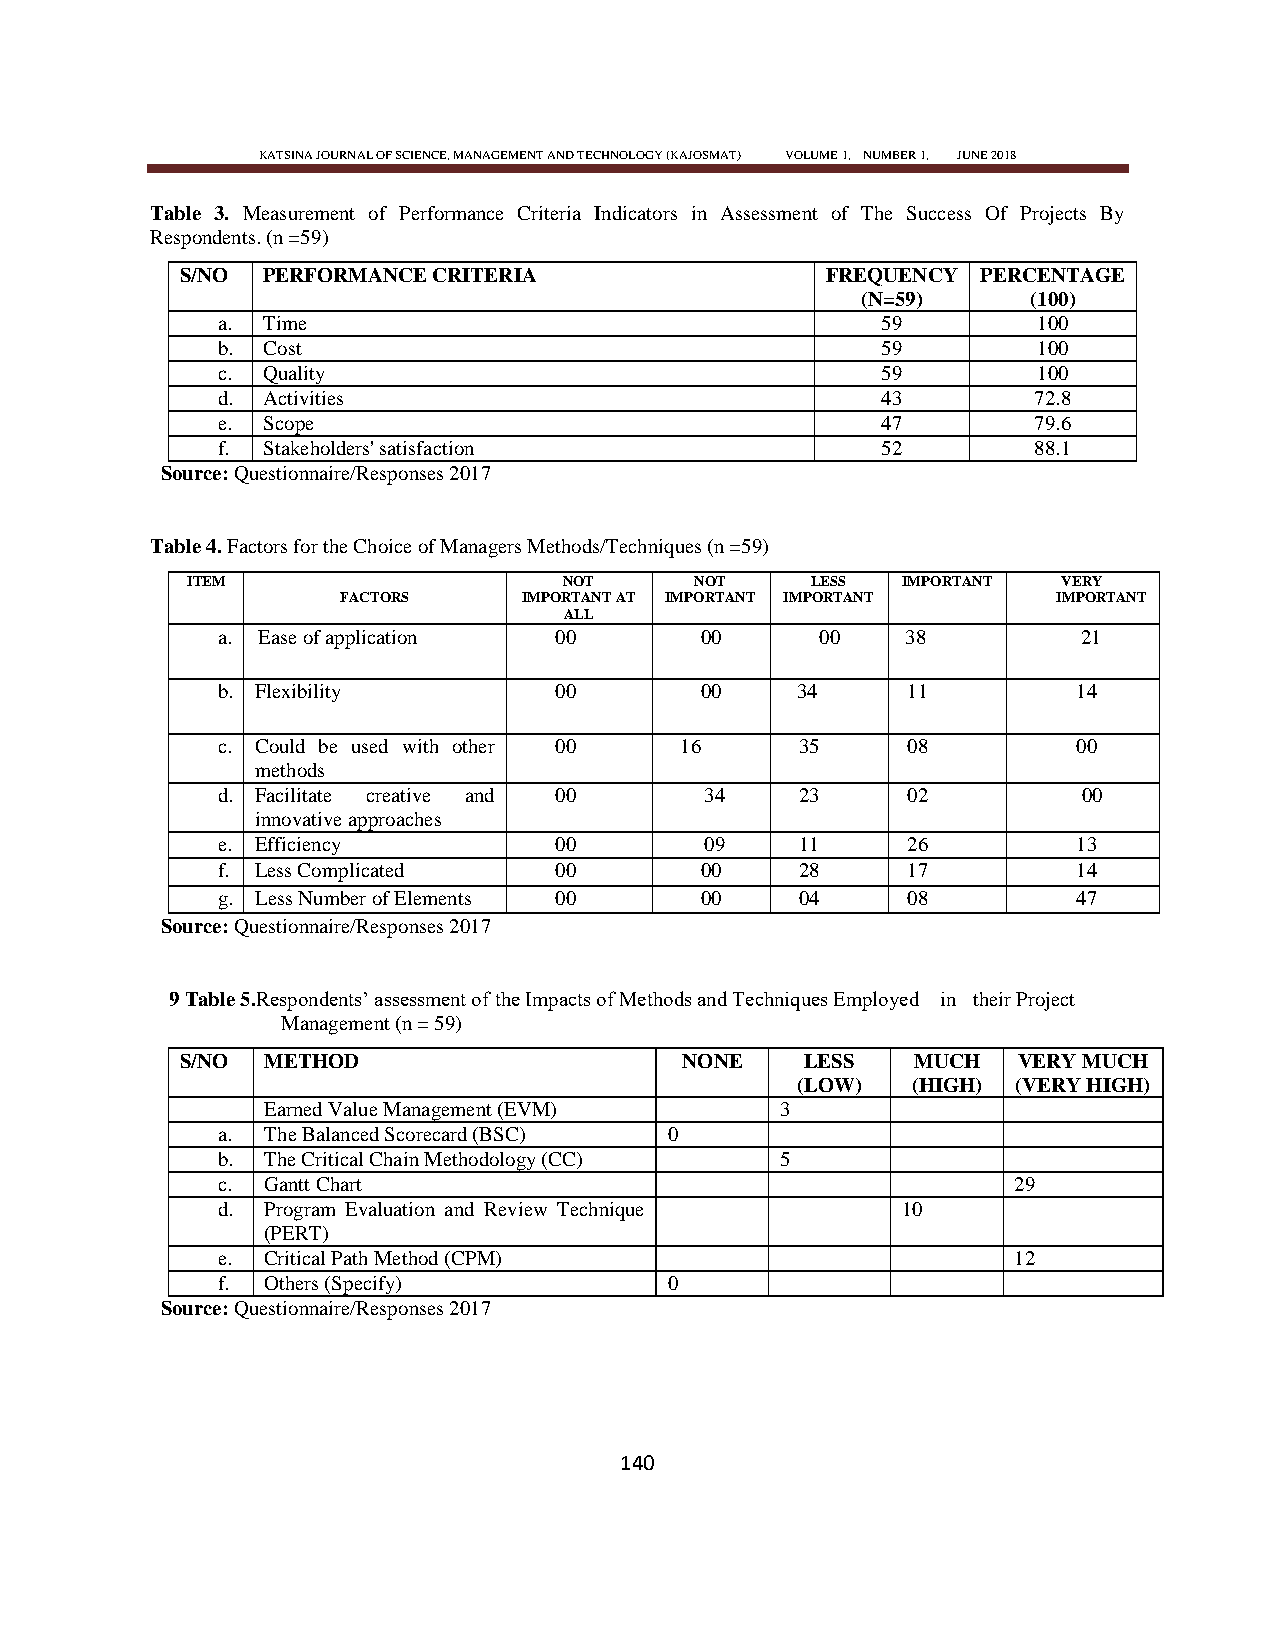
KATSINA JOURNAL OF SCIENCE, MANAGEMENT AND TECHNOLOGY (KAJOSMAT) VOLUME 1, NUMBER 1, JUNE 2018
 Table 3. Measurement of Performance Criteria Indicators in Assessment of The Success Of Projects By
 Respondents. (n =59)
 S/NO PERFORMANCE CRITERIA                  FREQUENCY PERCENTAGE
 (N=59)     (100)
 a. Time                                     59         100
 b. Cost                                     59         100
 c. Quality                                  59         100
 d. Activities                               43        72.8
 e. Scope                                    47        79.6
 f. Stakeholders' satisfaction               52        88.1
 Source: Questionnaire/Responses 2017
 Table 4. Factors for the Choice of Managers Methods/Techniques (n =59)
 ITEM                     NOT      NOT     LESS  IMPORTANT VERY
 FACTORS     IMPORTANT AT IMPORTANT IMPORTANT   IMPORTANT
 ALL
 a. Ease of application 00       00      00    38          21
 b. Flexibility         00       00     34     11         14
 c. Could be used with other 00 16      35     08         00
 methods
 d. Facilitate creative and 00    34    23     02          00
 innovative approaches
 e. Efficiency          00        09    11     26         13
 f. Less Complicated    00       00     28     17         14
 g. Less Number of Elements 00   00     04     08         47
 Source: Questionnaire/Responses 2017
 9 Table 5.Respondents‘ assessment of the Impacts of Methods and Techniques Employed in their Project
 Management (n = 59)
 S/NO METHOD                      NONE    LESS    MUCH  VERY MUCH
 (LOW)  (HIGH) (VERY HIGH)
 Earned Value Management (EVM)      3
 a. The Balanced Scorecard (BSC) 0
 b. The Critical Chain Methodology (CC) 5
 c. Gantt Chart                                       29
 d. Program Evaluation and Review Technique    10
 (PERT)
 e. Critical Path Method (CPM)                        12
 f. Others (Specify)           0
 Source: Questionnaire/Responses 2017
 140